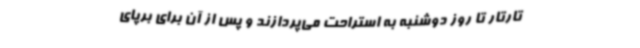
تارتار تا روز دوشنبه به استراحت می‌پردازند و پس از آن برای برپای